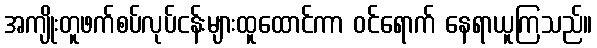
အကျိုးတူဖက်စပ်လုပ်ငန်းများထူထောင်ကာ ဝင်ရောက် နေရာယူကြသည်။